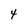
Character: 4